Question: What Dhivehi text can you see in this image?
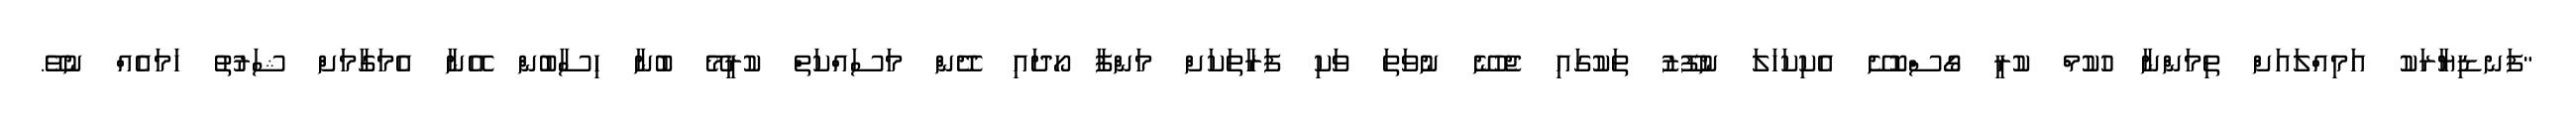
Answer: "ފަނޑިޔާރަކު އަމިއްލައަށް ތިމަންނާ ހުކުމް ކުރީ ގޯސްކޮށޭ އެކިކަހަލަ ނުފޫޒު ތަކުގައި ޖެހުނޭ ނުވަތަ ވަކި ފަރާތަކަށް މަންފާ ހޯދައި ދޭން މަސައްކަތް ކުރީމޭ ބުނާ ހިސާބުން އޭނާ އެމަގާމަށް ޝަރުތު ހަމައެއް ނުވޭ.